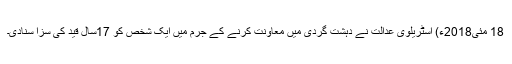
18 مئی2018ء) آسٹریلوی عدالت نے دہشت گردی میں معاونت کرنے کے جرم میں ایک شخص کو 17سال قید کی سزا سنادی۔